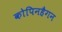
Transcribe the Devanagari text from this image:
कोपिनहैगन